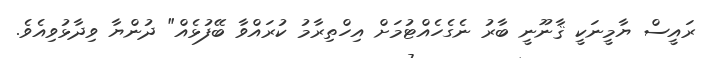
ރައީސް ޔާމީނަކީ ޤާނޫނީ ބާރު ނެގެހެއްޓުމަށް އިހްތިރާމު ކުރައްވާ ބޭފުޅެއް" ދުންޔާ ވިދާޅުވިއެވެ.